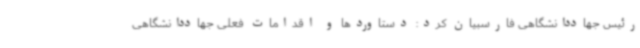
رئیس جهاددانشگاهی فارسبیان کرد: دستاوردها و اقدامات فعلی جهاددانشگاهی